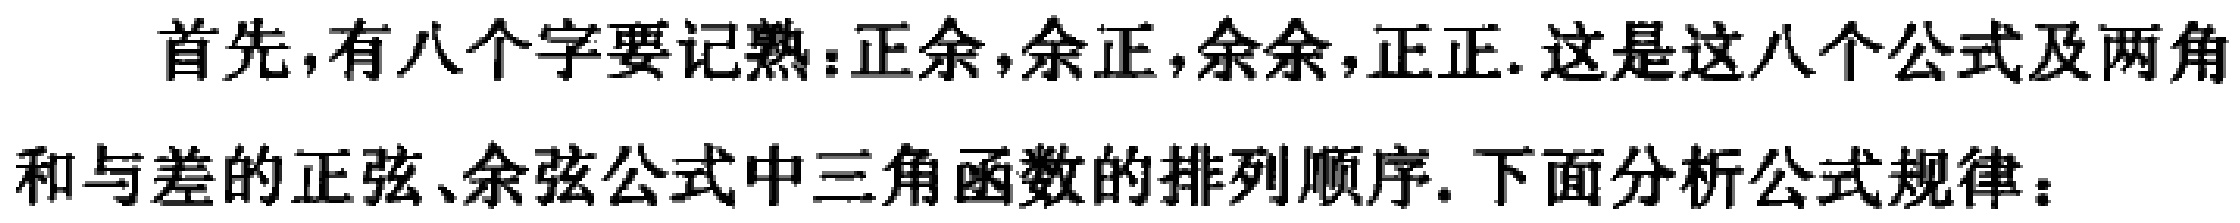
首先,有八个字要记熟：正余,余正,余余,正正.这是这八个公式及两角和与差的正弦、余弦公式中三角函数的排列顺序.下面分析公式规律：